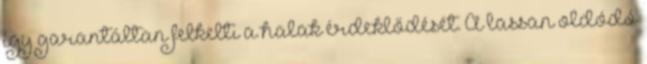
így garantáltan felkelti a halak érdeklődését. A lassan oldódó